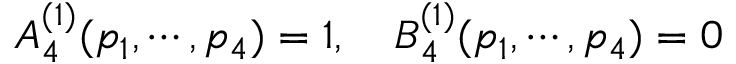
A _ { 4 } ^ { ( 1 ) } ( p _ { 1 } , \cdots , p _ { 4 } ) = 1 , \quad B _ { 4 } ^ { ( 1 ) } ( p _ { 1 } , \cdots , p _ { 4 } ) = 0